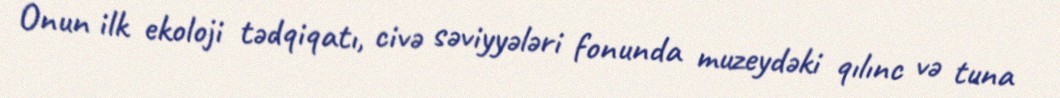
Onun ilk ekoloji tədqiqatı, civə səviyyələri fonunda muzeydəki qılınc və tuna